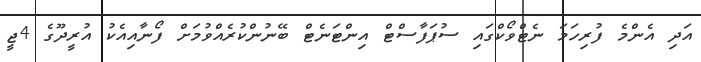
އަދި އެންމެ ފުރިހަމަ ނެޓްވޯކްގައި ސުޕަފާސްޓް އިންޓަނެޓް ބޭނުންކުރެއްވުމަށް ފޯނާއިއެކު އުރީދޫގެ 4ޖީ